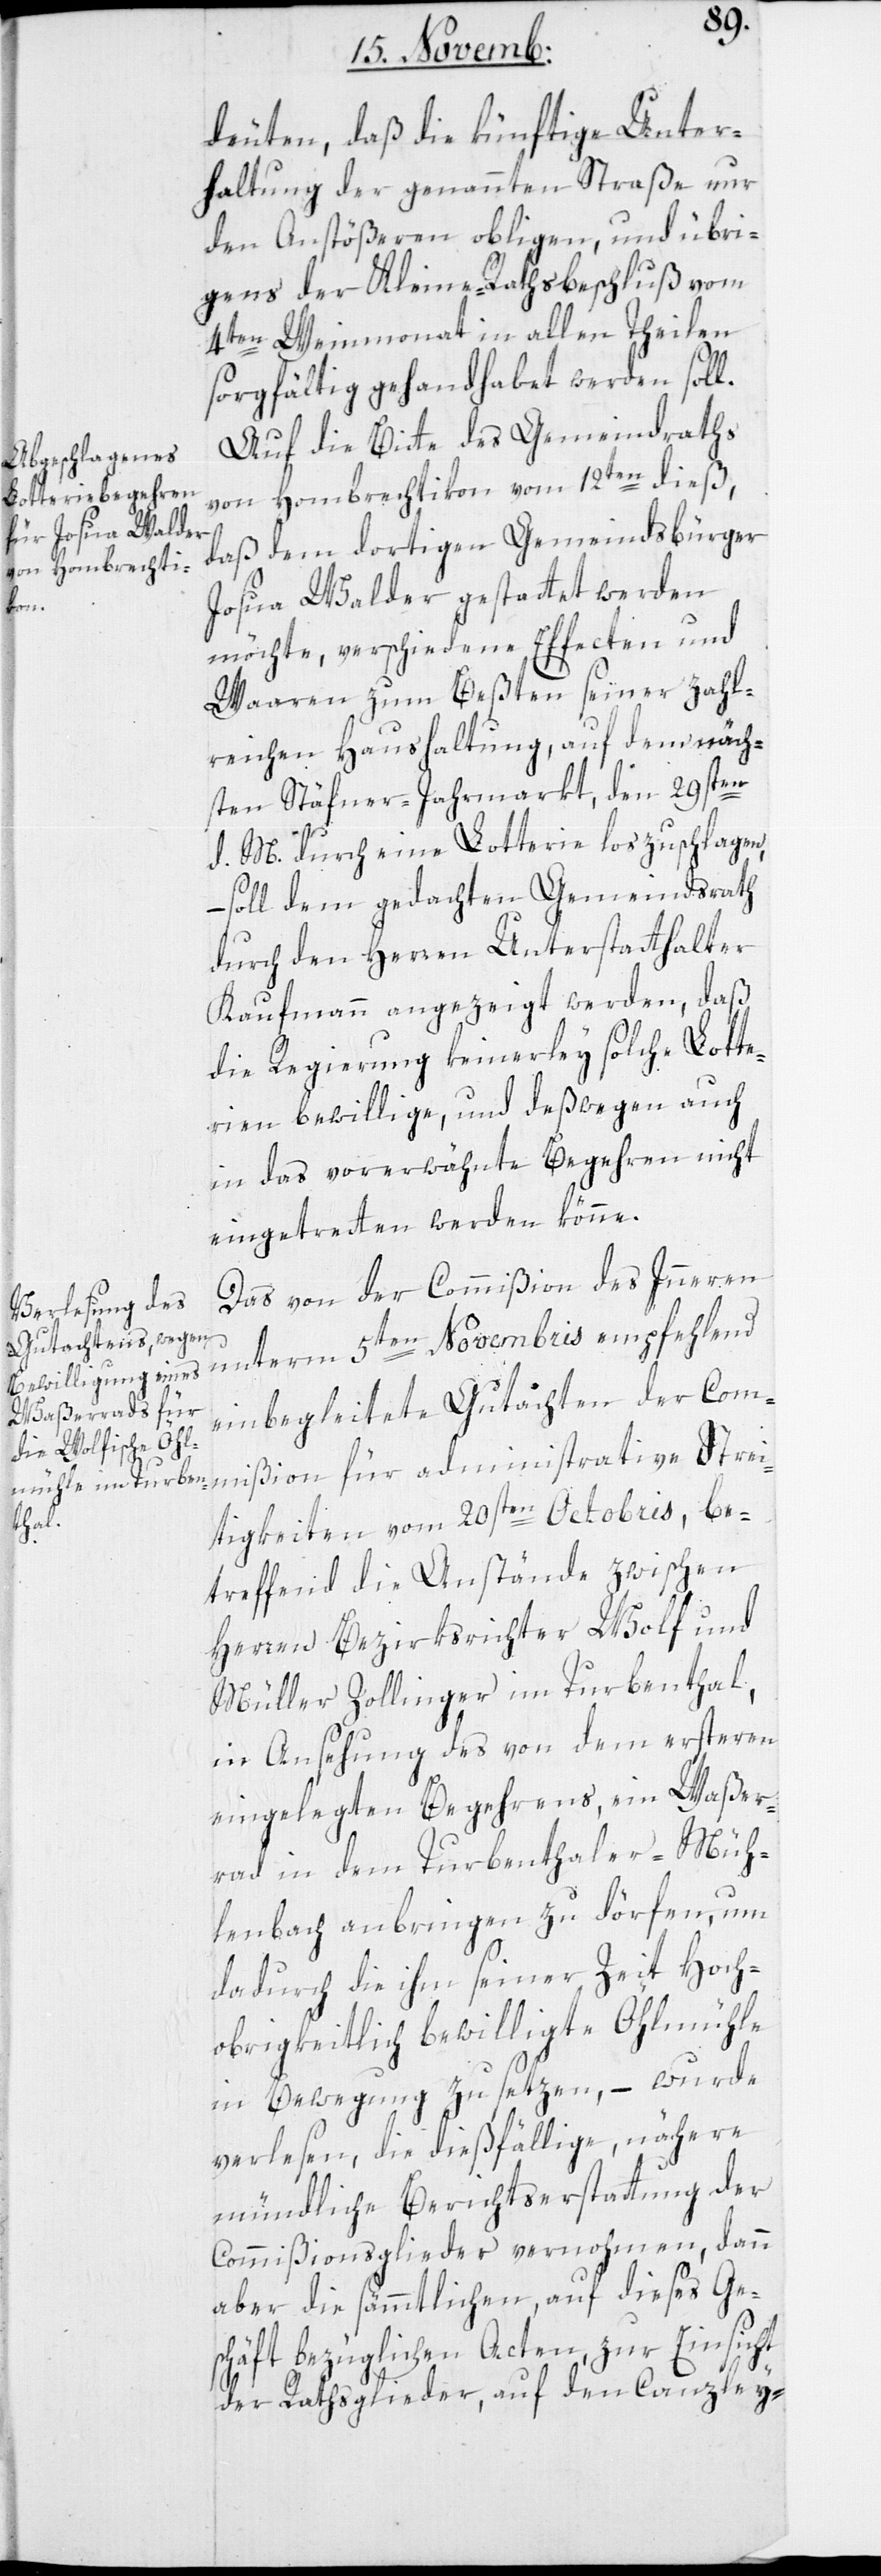
deuten, daß die künftige Unter¬
haltung der genannten Straße nur
den Anstößeren obligen, und übri¬
gens der Kleine-Rathsbeschluß vom
4ten Weinmonat in allen Teilen
sorgfältig gehandhabet werden soll.
von Hombrechtikon vom 12ten dieß,
daß dem dortigen Gemeindsbürger
Josua Walder gestattet werden
möchte, verschiedene Effecten und
Waaren zum Beßten seiner zahl¬
reichen Haushaltung, auf dem näch¬
sten Stäfner-Jahrmarkt, den 29sten
d. M. durch eine Lotterie loszuschlagen,
soll dem gedachten Gemeindrath
durch den Herren Unterstatthalter
Kaufmann angezeigt werden, daß
die Regierung keinerlei solche Lotte¬
rien bewillige, und deßwegen auch
in das vorerwähnte Begehren nicht
eingetreten werden könne.
Das von der Commißion des Inneren
unterm 5ten Novembris empfehlend
einbegleitete Gutachten der Com¬
mißion für administrative Strei¬
tigkeiten vom 20sten Octobris, be¬
treffend die Anstände zwischen
Herren Bezirksrichter Wolf und
Müller Zollinger im Turbenthal,
in Ansehung des von dem ersteren
eingelegten Begehrens, ein Waßer¬
rad in dem Turbenthaler-Müh¬
lenbach anbringen zu dörfen, um
dadurch die ihm seiner Zeit Hoch¬
obrigkeitlich bewilligte Öhlmühle
in Bewegung zu setzen, – wurde
verlesen, die dießfällige, nähere
mündliche Berichtserstattung der
Commißionsglieder vernohmen, dann
aber die sämmtlichen, auf dieses Ges¬
chäft bezüglichen Acten, zur Einsicht
der Rathsglieder, auf den Canzley-